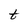
Character: t